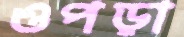
ওপড়া